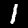
Digit: 1